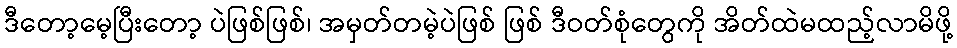
ဒီတော့မေ့ပြီးတော့ ပဲဖြစ်ဖြစ်၊ အမှတ်တမဲ့ပဲဖြစ် ဖြစ် ဒီဝတ်စုံတွေကို အိတ်ထဲမထည့်လာမိဖို့